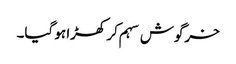
خرگوش سہم کر کھڑا ہو گیا۔